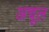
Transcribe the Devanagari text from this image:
अचूल